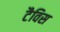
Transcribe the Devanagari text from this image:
टैविस